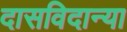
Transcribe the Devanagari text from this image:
दासविदान्या